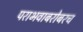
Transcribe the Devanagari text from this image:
पराभवाबरोबरच